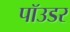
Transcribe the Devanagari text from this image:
पॉउडर